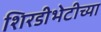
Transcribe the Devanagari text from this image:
शिरडीभेटीच्या